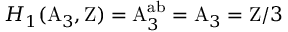
H _ { 1 } ( \mathrm { A } _ { 3 } , \mathrm { Z } ) = \mathrm { A } _ { 3 } ^ { \mathrm { a b } } = \mathrm { A } _ { 3 } = \mathrm { Z } / 3